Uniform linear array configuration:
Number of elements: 16
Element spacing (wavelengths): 0.75
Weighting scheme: cosine
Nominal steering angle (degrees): -30
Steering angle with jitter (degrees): -30.482
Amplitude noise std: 0.05
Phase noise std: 0.05

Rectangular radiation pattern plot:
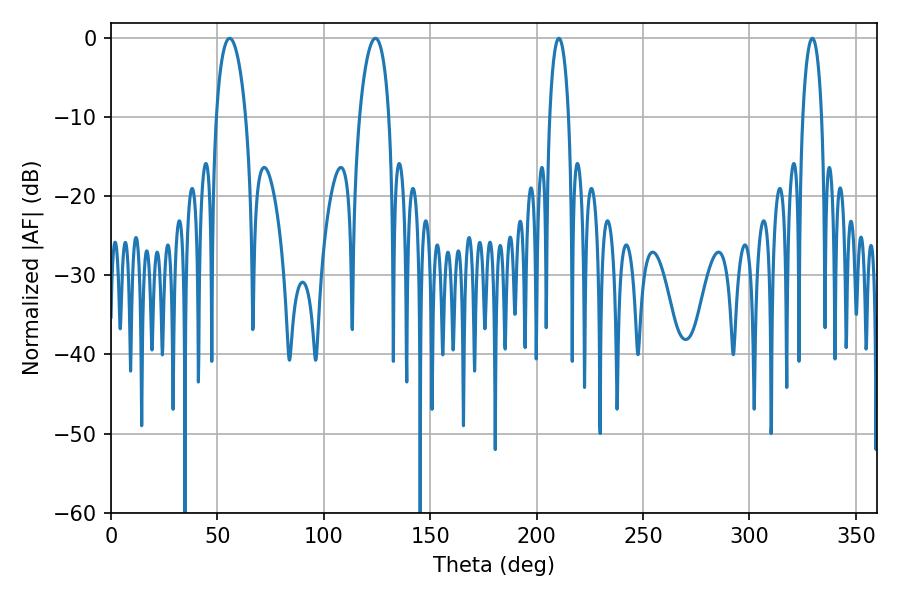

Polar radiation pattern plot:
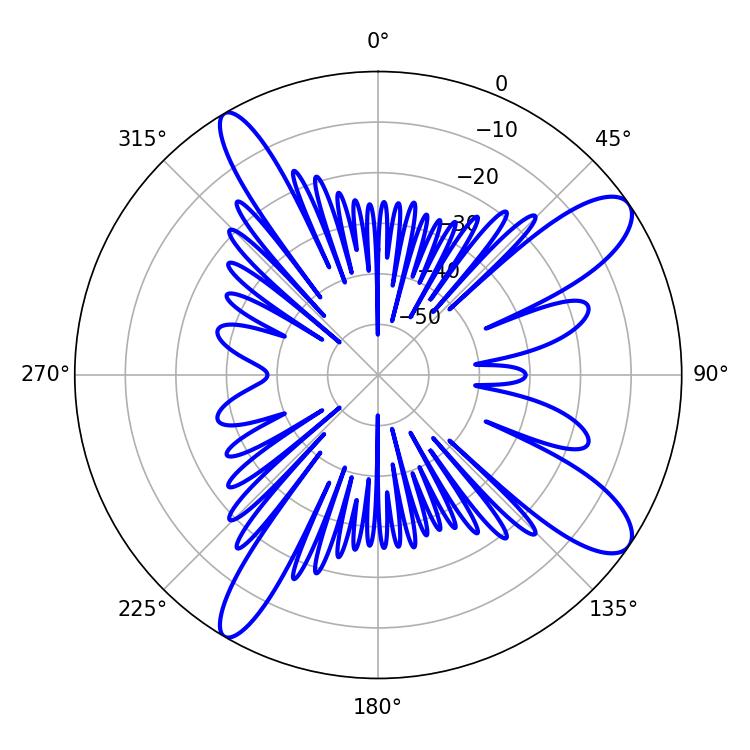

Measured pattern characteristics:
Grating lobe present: TRUE
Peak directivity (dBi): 11.285
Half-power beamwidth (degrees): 5.04
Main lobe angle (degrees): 210.42